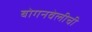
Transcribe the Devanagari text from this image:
बोगनवेलीची